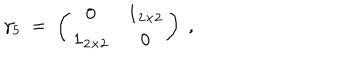
\gamma _ { 5 } \; = \; \left( \begin{array} { c c } { { 0 } } & { { { \mathbf 1 } _ { 2 \times 2 } } } \\ { { { \mathbf 1 } _ { 2 \times 2 } } } & { { 0 } } \\ \end{array} \right) \; ,